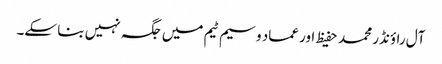
آل راؤنڈر محمد حفیظ اور عماد وسیم ٹیم میں جگہ نہیں بنا سکے۔